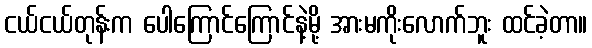
ငယ်ငယ်တုန်းက ပေါကြောင်ကြောင်နဲ့မို့ အားမကိုးလောက်ဘူး ထင်ခဲ့တာ။